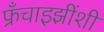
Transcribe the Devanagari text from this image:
फ्रँचाइझींशी